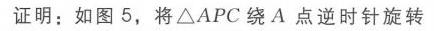
证明：如图 5，将\(\triangle APC\)绕\(A\)点逆时针旋转